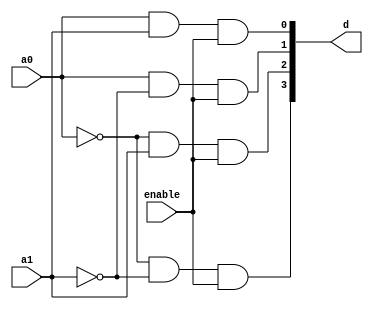
module decoder (
	input enable, a0, a1,
	output [0:3] d

);	
assign		d[0] = !a0 && !a1 && enable;
assign		d[1] = !a0 && a1 && enable;
assign		d[2] = a0 && !a1 && enable;
assign		d[3] = a0 && a1 && enable;

endmodule

module test_decoder;
	wire [0:3] d;
	reg [0:2] inp;

	decoder m(inp[0], inp[1], inp[2], d);

	initial
	begin
		inp=0;
		repeat(7)
		#10 inp=inp+1;
	end
	initial
	$monitor("inp=%b  output=%b", inp,d);
endmodule